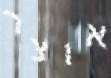
אוצר